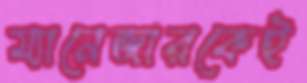
ম্যানেজারকেই